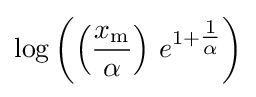
\log \left(\left({\frac {x_{\mathrm {m} }}{\alpha }}\right)\,e^{1+{\tfrac {1}{\alpha }}}\right)